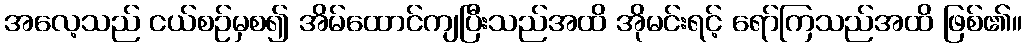
အလေ့သည် ငယ်စဉ်မှစ၍ အိမ်ထောင်ကျပြီးသည်အထိ အိုမင်းရင့် ရော်ကြသည်အထိ ဖြစ်၏။